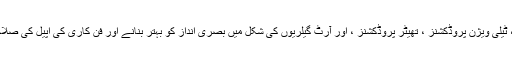
آرٹ ڈائریکٹرز اخبارات ، رسائل ، فلموں ، ٹیلی ویژن پروڈکشنز ، تھیٹر پروڈکشنز ، اور آرٹ گیلریوں کی شکل میں بصری انداز کو بہتر بنانے اور فن کاری کی اپیل کی صلاحیتوں کی بنا پر بھی بہت پیسہ کماتے ہیں۔